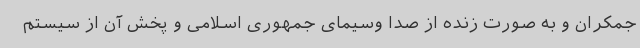
جمکران و به صورت زنده از صدا وسیمای جمهوری اسلامی و پخش آن از سیستم